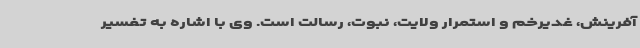
آفرینش، غدیرخم و استمرار ولایت، نبوت، رسالت است. وی با اشاره به تفسیر